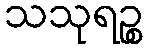
သသုရဉ္စ